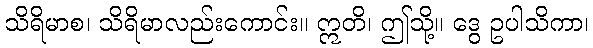
သိရိမာစ၊ သိရိမာလည်းကောင်း။ ဣတိ၊ ဤသို့။ ဒွေ ဥပါသိကာ၊